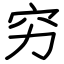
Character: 穷